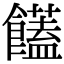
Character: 饚